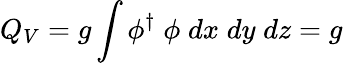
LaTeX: Q_{V}=g\int\phi^{\dagger}\; \phi\; dx\; dy\; dz=g